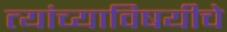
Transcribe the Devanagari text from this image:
त्यांच्याविषयीचे